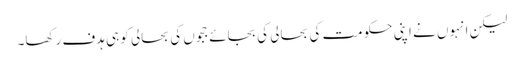
لیکن انہوں نے اپنی حکومت کی بحالی کی بجائے ججوں کی بحالی کو ہی ہدف رکھا۔